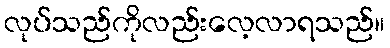
လုပ်သည်ကိုလည်းလေ့လာရသည်။